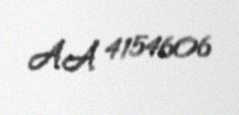
AA 4154606